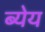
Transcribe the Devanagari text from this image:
ब्येय